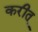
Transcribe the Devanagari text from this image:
करीत्